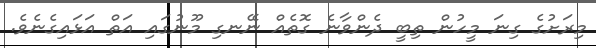
މިރަށުގެ ގިނަ މީހުން ތިބީ ދެންވާނެ ގޮތެއް ނޭނގި މޫނުގައި އަތް އަޅައިގެނެވެ.